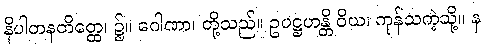
နိပါတနတိတ္ထေ၊ ၌။ ဂေါဏာ၊ တို့သည်။ ဥပဋ္ဌဟန္တိ ဝိယ၊ ကုန်သကဲ့သို့။ န